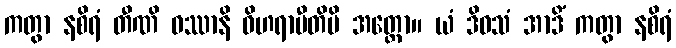
ကတွာ နစိရံ တီဏိ ဝဿာနိ ဝိဟရာမီတိပိ အတ္ထော။ ယံ ဒိဝသံ အာဒိံ ကတွာ နစိရံ